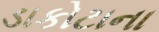
ડાકોટાના